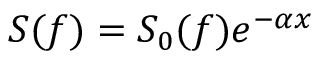
S ( f ) = S _ { 0 } ( f ) e ^ { - \alpha x }